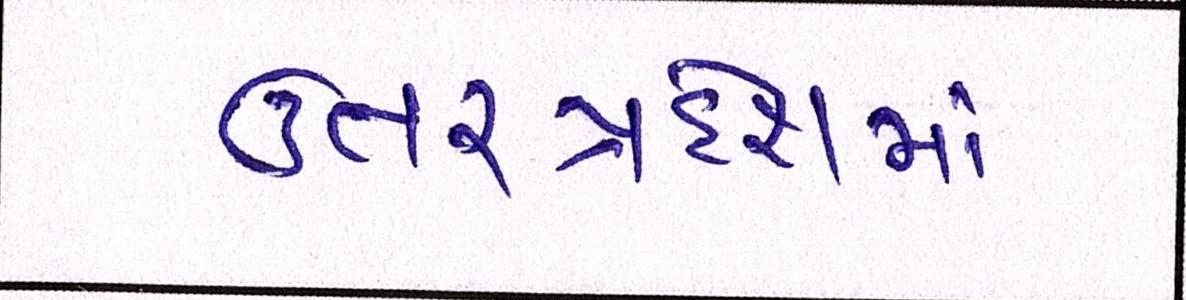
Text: ઉત્તરપ્રદેશમાં